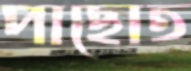
পাছোত